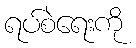
ရပ်စဲရေးကို